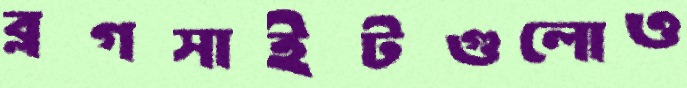
ব্লগসাইটগুলোও